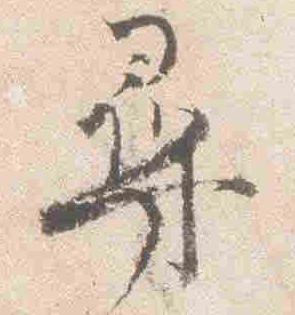
尋